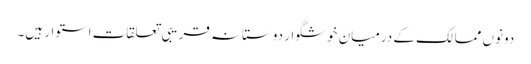
دونوں ممالک کے درمیان خوشگوار دوستانہ قریبی تعلقات استوار ہیں۔